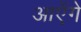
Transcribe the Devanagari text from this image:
आऐंगे